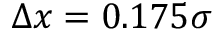
\Delta x = 0 . 1 7 5 \sigma